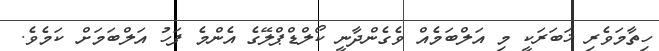
ހިތާމަވެރި ޚަބަރަކީ މި އަލްބަމެއް ވެގެންދާނީ ކޯލްޑްޕްލޭގެ އެންމެ ފަހު އަލްބަމަށް ކަމެވެ.